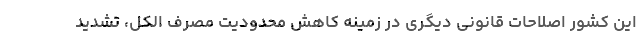
این کشور اصلاحات قانونی دیگری در زمینه کاهش محدودیت مصرف الکل، تشدید